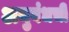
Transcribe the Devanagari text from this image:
अनुबंधची